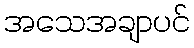
အသေအချာပင်